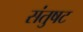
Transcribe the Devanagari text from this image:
संतुषट